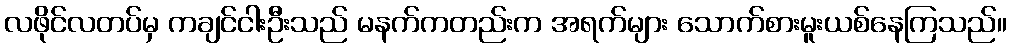
လဖိုင်လတပ်မှ ကချင်ငါးဦးသည် မနက်ကတည်းက အရက်များ သောက်စားမူးယစ်နေကြသည်။